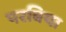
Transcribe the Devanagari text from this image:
परबिया